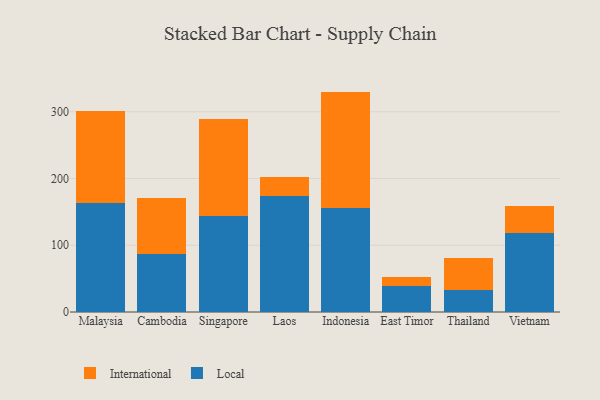
{"axis": {"x": "Country", "y": "Churn Rate (%)"}, "legend": ["International", "Local"], "data": [{"x": "Malaysia", "y": 162.6, "type": "Local"}, {"x": "Malaysia", "y": 138.1, "type": "International"}, {"x": "Cambodia", "y": 87.3, "type": "Local"}, {"x": "Cambodia", "y": 83.6, "type": "International"}, {"x": "Singapore", "y": 144.0, "type": "Local"}, {"x": "Singapore", "y": 145.8, "type": "International"}, {"x": "Laos", "y": 173.7, "type": "Local"}, {"x": "Laos", "y": 28.8, "type": "International"}, {"x": "Indonesia", "y": 156.0, "type": "Local"}, {"x": "Indonesia", "y": 174.2, "type": "International"}, {"x": "East Timor", "y": 39.4, "type": "Local"}, {"x": "East Timor", "y": 13.7, "type": "International"}, {"x": "Thailand", "y": 33.7, "type": "Local"}, {"x": "Thailand", "y": 47.9, "type": "International"}, {"x": "Vietnam", "y": 118.6, "type": "Local"}, {"x": "Vietnam", "y": 40.0, "type": "International"}]}